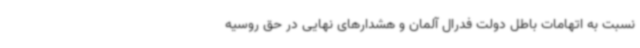
نسبت به اتهامات باطل دولت فدرال آلمان و هشدارهای نهایی در حق روسیه